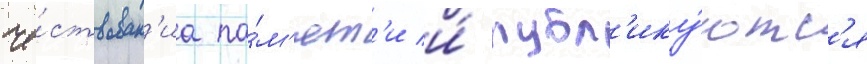
че́ствован'иа па́м'ят'и и́ публ'ику́ютс'я